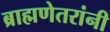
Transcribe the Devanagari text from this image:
ब्राह्मणेतरांनी